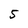
Character: 5